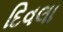
દિવલા